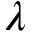
\lambda